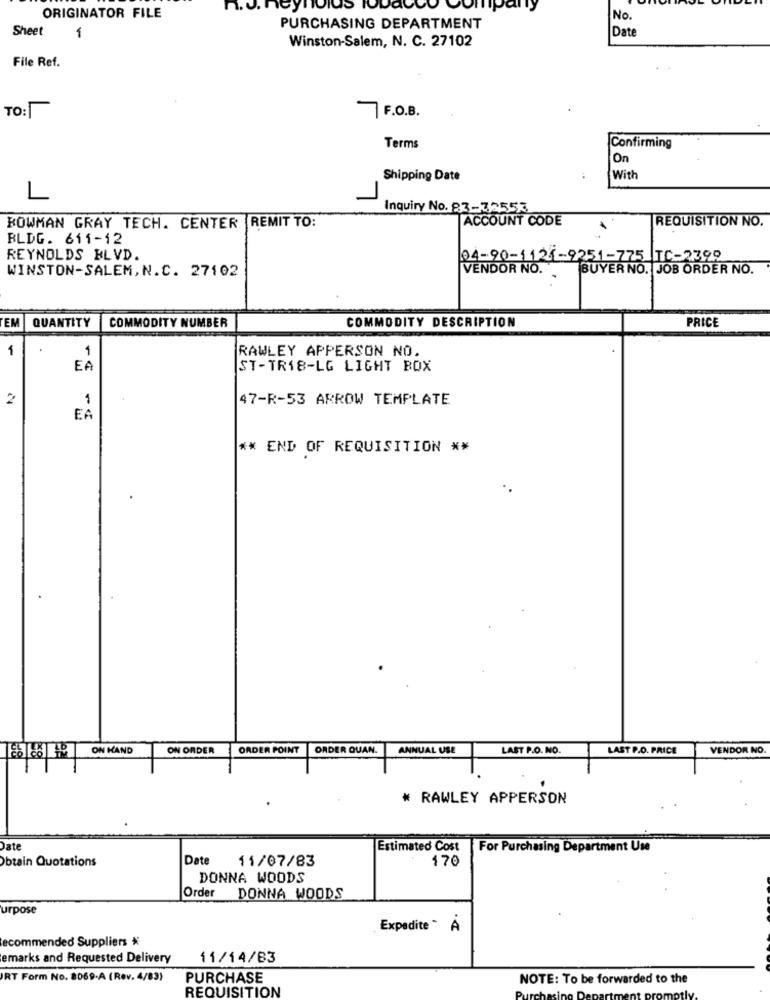
n.J.
reynolds
ORIGINATOR FILE
No.
Sheet
PURCHASING DEPARTMENT
Date
1
Winston-Salem, N. C. 27102
File Ref.
TO:
F.O.B.
Terms
Confirming
On
Shipping Date
With
L
Inquiry No. 83-32553
ACCOUNT CODE
REQUISITION NO.
BOWMAN GRAY TECH. CENTER REMIT TO:
BLDG. 611-12
REYNOLDS BLVD.
04-90-1125-9251-775 TC-2399
WINSTON-SALEM, N.C. 27102
VENDOR NO.
BUYER NO. JOB ORDER NO.
COMMODITY DESCRIPTION
PRICE
EM
QUANTITY
COMMODITY NUMBER
1
RAWLEY APPERSON NO.
EA
ST-TR18-LG LIGHT BOX
2
47-R-53 ARROW TEMPLATE
1
EA
** END OF REQUISITION **
ON KAND
ON ORDER
ORDER POINT
ORDER QUAN.
ANNUAL USE
LAST P.O. NO.
LAST P.O. PRICE
VENDOR NO.
* RAWLEY APPERSON
Date
Estimated Cost
For Purchasing Department Use
Obtain Quotations
| Date
11/07/83
170
DONNA WOODS
Order DONNA WOODS
urpose
Expedite " À
ecommended Suppliers
emarks and Requested Delivery
11/14/63
RT Form No. 8069-A (Rev. 4/83)
PURCHASE
NOTE: To be forwarded to the
REQUISITION